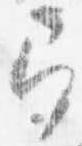
即